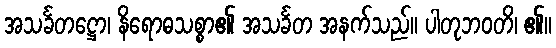
အသင်္ခတဋ္ဌော၊ နိရောဓသစ္စာ၏ အသင်္ခတ အနက်သည်။ ပါတုဘဝတိ၊ ၏။